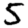
Digit: 5